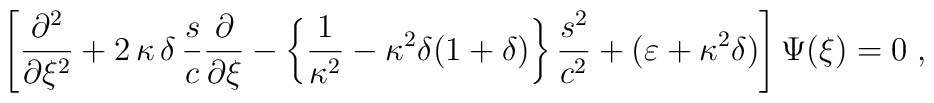
\left[ \frac{\partial^2}{\partial\xi^2}       +2\,\kappa\,\delta\,\frac{s}{c}\frac{\partial}{\partial\xi}       -\left\{\frac{1}{\kappa^2} - \kappa^2\delta(1+\delta)        \right\}\frac{s^2}{c^2}       +( \varepsilon + \kappa^2\delta )\right]\Psi(\xi) = 0\;,